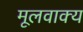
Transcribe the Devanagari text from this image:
मूलवाक्य